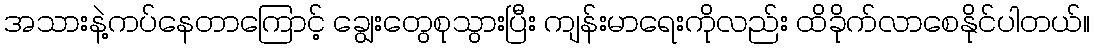
အသားနဲ့ကပ်နေတာကြောင့် ချွေးတွေစုသွားပြီး ကျန်းမာရေးကိုလည်း ထိခိုက်လာစေနိုင်ပါတယ်။